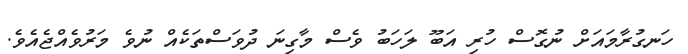
ހަނގުރާމައަށް ނުގޮސް ހުރި އަބޫ ލަހަބު ވެސް މާގިނަ ދުވަސްތަކެއް ނުވެ މަރުވެއްޖެއެވެ.